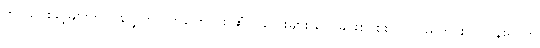
တင်သွင်းခွင့်များကို ပြန်လွှတ်လိုက်ကြောင်း ဆံပင်လေးများ သေခြင်းစင်စစ်ပင် ပြည်တွင်းလုပ်ငန်းရှင်က